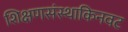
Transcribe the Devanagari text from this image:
शिक्षणसंस्थाकिनवट